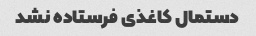
دستمال کاغذی فرستاده نشد